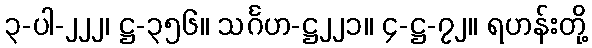
၃-ပါ-၂၂၂၊ ဋ္ဌ-၃၅၆။ သင်္ဂဟ-ဋ္ဌ၂၂၁။ ၄-ဋ္ဌ-၇၂။ ရဟန်းတို့